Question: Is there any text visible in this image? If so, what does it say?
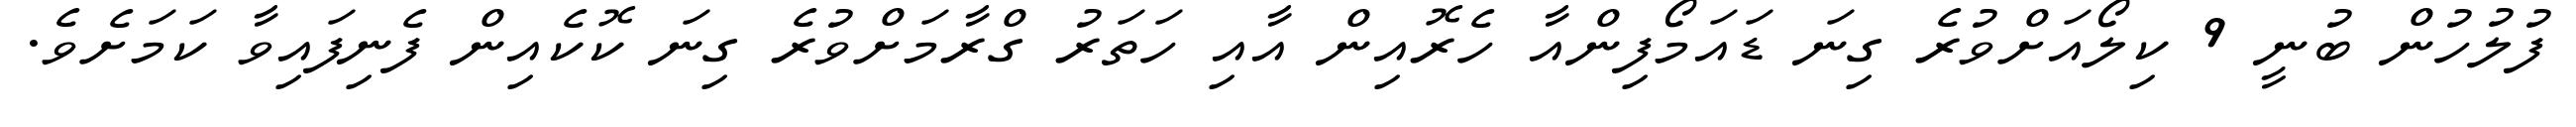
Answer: ފުލުހުން ބުނީ 9 ކިލޯއަށްވުރެ ގިނަ ޑައަމޯފިންއާ ހެރޮއިން އާއި ހަތަރު ގްރާމަށްވުރެ ގިނަ ކޮކެއިން ފެނިފައިވާ ކަމަށެވެ.